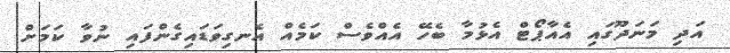
އަދި މަނަދޫގައި އެއާޕޯޓް އެޅުމާ ބެހޭ އެއްވެސް ކަމެއް އެނގިވަޑައިގެންފައި ނުވާ ކަމަށް